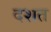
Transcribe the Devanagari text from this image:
दशत